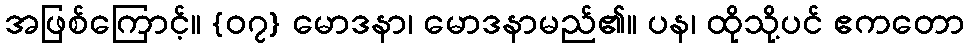
အဖြစ်ကြောင့်။ {၀၇} မောဒနာ၊ မောဒနာမည်၏။ ပန၊ ထိုသို့ပင် ဧကတော